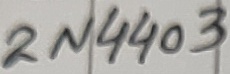
Text: 2N4403